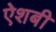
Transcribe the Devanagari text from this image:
ऐशबी